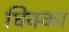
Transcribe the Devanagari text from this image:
धिक्का